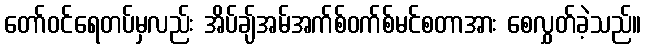
တော်ဝင်ရေတပ်မှလည်း အိပ်ချ်အမ်အက်စ်ဝက်စ်မင်စတာအား စေလွှတ်ခဲ့သည်။